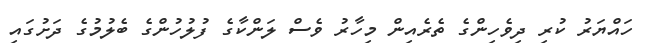
ހައްޔަރު ކުރި ދިވެހިންގެ ތެރެއިން މިހާރު ވެސް ލަންކާގެ ފުލުހުންގެ ބެލުމުގެ ދަށުގައި